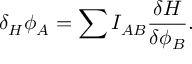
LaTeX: \delta _ { H } \phi _ { A } = \sum I _ { A B } { \frac { \delta H } { \delta \phi _ { B } } } .